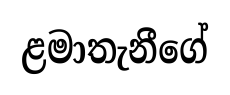
ළමාතැනීගේ